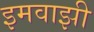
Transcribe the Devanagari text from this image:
इमवाझी